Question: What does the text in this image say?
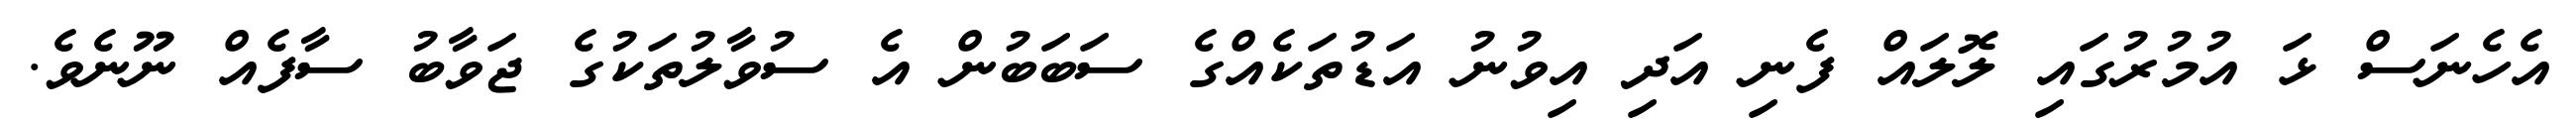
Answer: އެހެނަސް ޅަ އުމުރުގައި ލޮލައް ފެނި އަދި އިވުނު އަޑުތަކެއްގެ ސަބަބުން އެ ސުވާލުތަކުގެ ޖަވާބު ސާފެއް ނޫނެވެ.